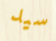
سيد